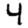
Digit: 4